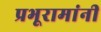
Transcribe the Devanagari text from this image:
प्रभूरामांनी